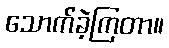
သောက်ခဲ့ကြတာ။